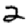
Digit: 2